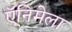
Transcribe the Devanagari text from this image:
ऍनिमेला